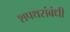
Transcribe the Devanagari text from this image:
शपथसंबंधी